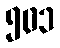
၅၀၁